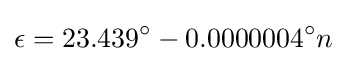
\epsilon =23.439^{\circ }-0.0000004^{\circ }n